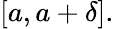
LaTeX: [a,a+\delta].